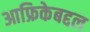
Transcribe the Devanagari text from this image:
आफ्रिकेबद्दल